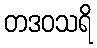
တဒဝသရိ